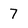
Character: 7